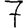
Digit: 7